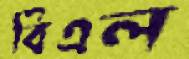
বিএল